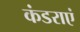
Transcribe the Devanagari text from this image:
कंडराएं